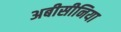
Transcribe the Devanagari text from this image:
अबीसीनिया